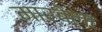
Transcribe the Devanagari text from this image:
मार्बेला